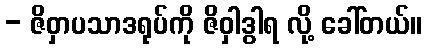
- ဇိဝှာပသာဒရုပ်ကို ဇိဝှါဒွါရ လို့ ခေါ်တယ်။